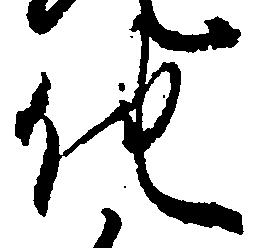
他